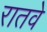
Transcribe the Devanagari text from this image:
रातवे